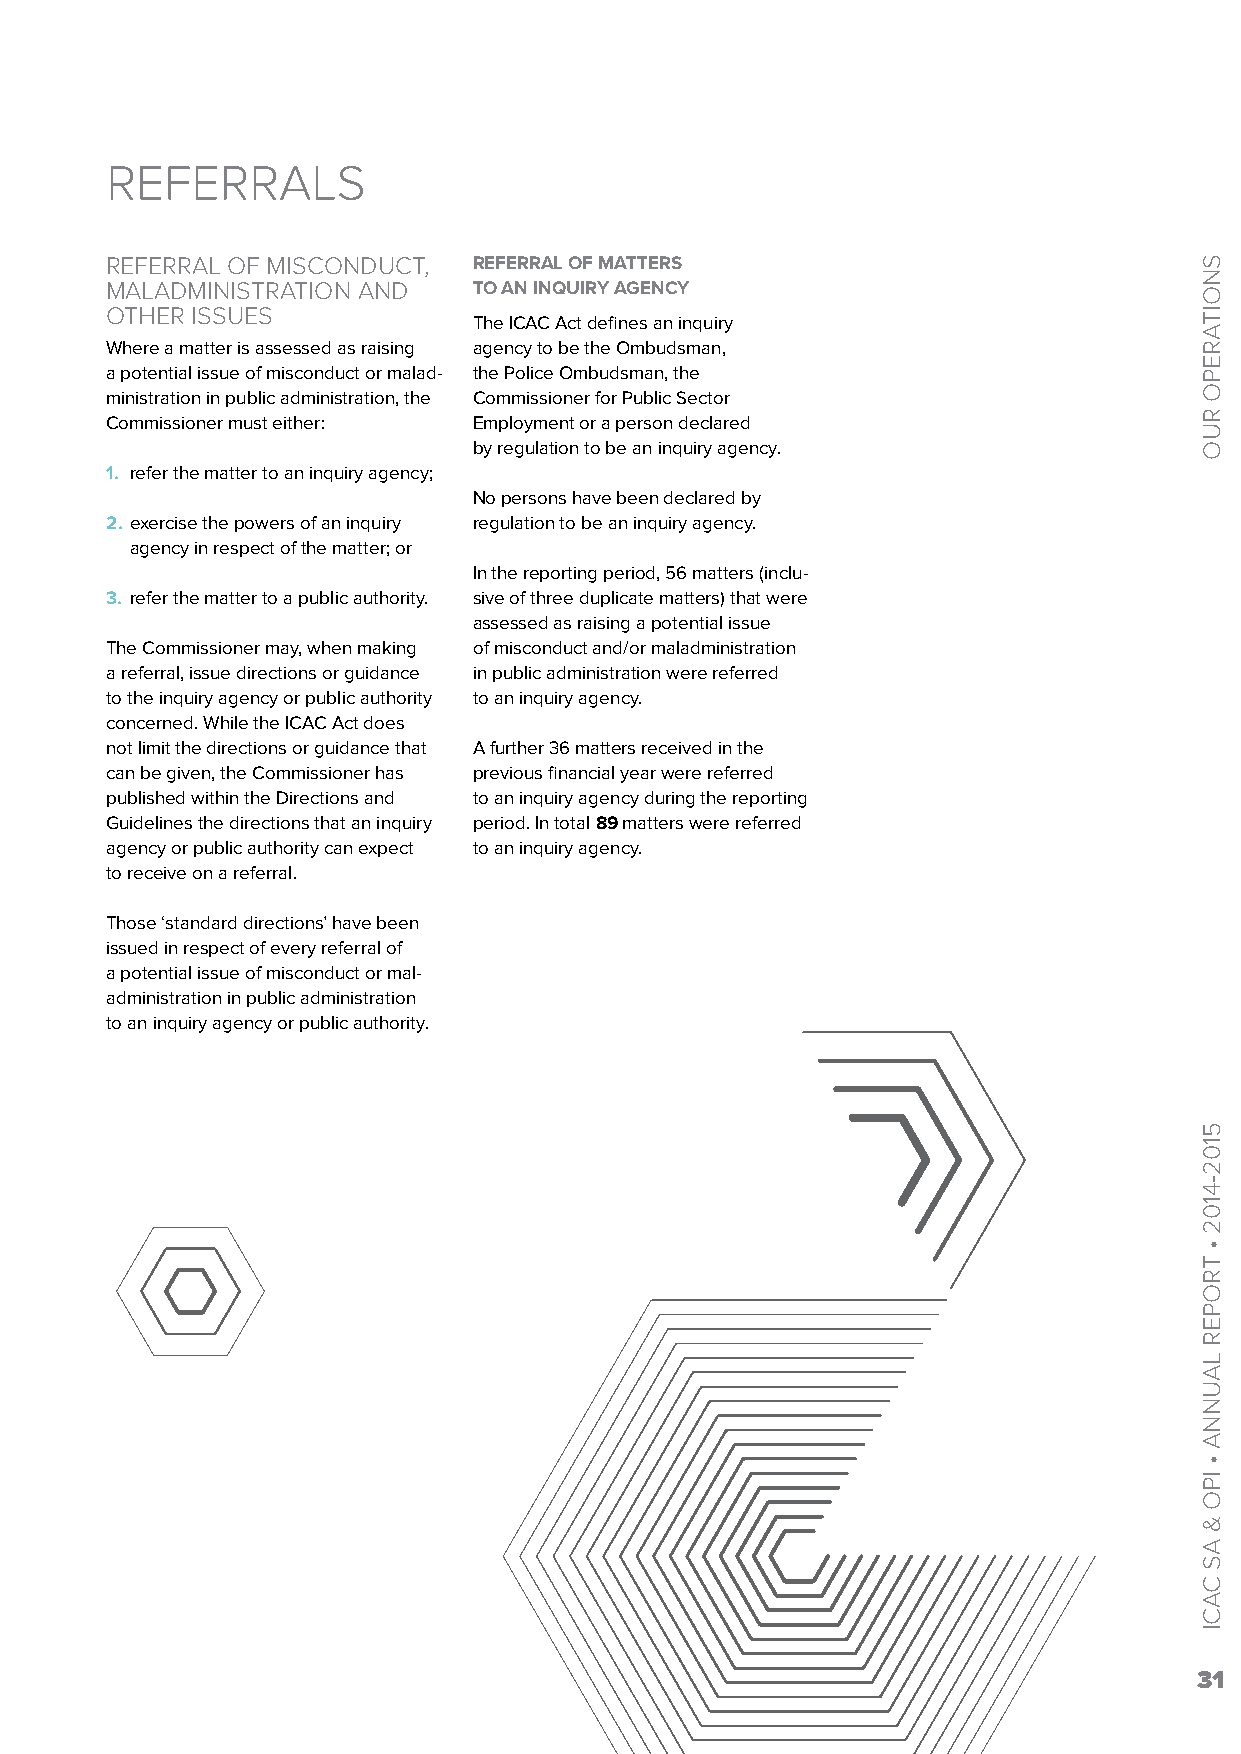
REFERRALS
 REFERRAL OF MISCONDUCT, REFERRAL OF MATTERS
 MALADMINISTRATION AND   TO AN INQUIRY AGENCY
 OTHER ISSUES
 The ICAC Act defines an inquiry
 Where a matter is assessed as raising agency to be the Ombudsman,
 a potential issue of misconduct or malad- the Police Ombudsman, the
 ministration in public administration, the Commissioner for Public Sector
 Commissioner must either: Employment or a person declared
 by regulation to be an inquiry agency.
 1. refer the matter to an inquiry agency;
 No persons have been declared by
 2. exercise the powers of an inquiry regulation to be an inquiry agency.
 agency in respect of the matter; or
 In the reporting period, 56 matters (inclu-
 3. refer the matter to a public authority. sive of three duplicate matters) that were
 assessed as raising a potential issue
 The Commissioner may, when making of misconduct and/or maladministration
 a referral, issue directions or guidance in public administration were referred
 to the inquiry agency or public authority to an inquiry agency.
 concerned. While the ICAC Act does
 not limit the directions or guidance that A further 36 matters received in the
 can be given, the Commissioner has previous financial year were referred
 published within the Directions and to an inquiry agency during the reporting
 Guidelines the directions that an inquiry period. In total 89 matters were referred
 agency or public authority can expect to an inquiry agency.
 to receive on a referral.
 Those ‘standard directions’ have been
 issued in respect of every referral of
 a potential issue of misconduct or mal-
 administration in public administration
 to an inquiry agency or public authority.
 31
 SNOITAREPO
 RUO
 5102-4102
 •
 TROPER
 LAUNNA
 •
 IPO
 &
 AS
 CACI